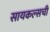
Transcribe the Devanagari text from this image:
सायकल्सची